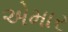
એમાર